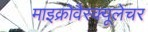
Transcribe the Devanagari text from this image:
माइक्रोवैस्क्यूलेचर